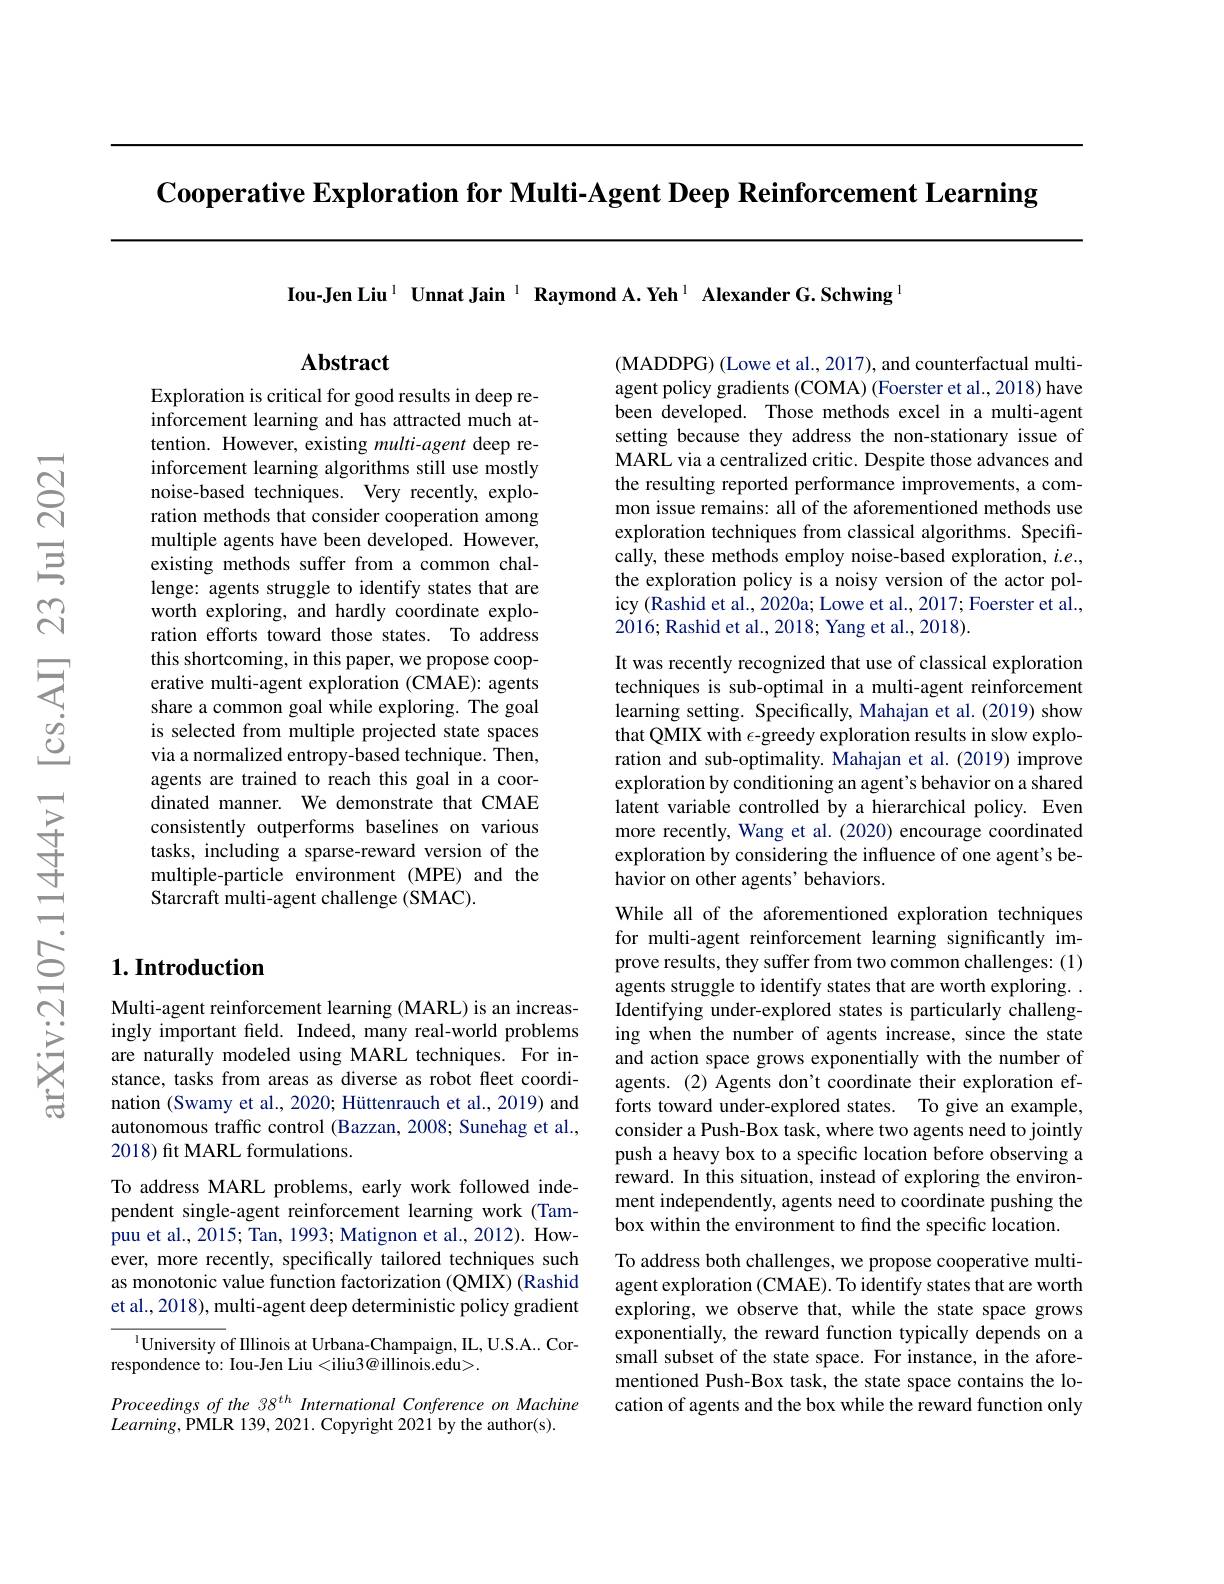
Cooperative Exploration for Multi-Agent Deep Reinforcement Learning

Iou-Jen Liu$^{1}\textbf{Unnat Jain}^{1}\textbf{Raymond A.Yeh}^{1}\textbf{ Alexander G.Schwing}^{1}$

## Abstract

Exploration is critical for good results in deep reinforcement learning and has attracted much attention. However, existing multi-agent deep reinforcement learning algorithms still use mostly noise-based techniques. Very recently, exploration methods that consider cooperation among multiple agents have been developed. However, existing methods suffer from a common challenge: agents struggle to identify states that are worth exploring, and hardly coordinate exploration efforts toward those states. To address this shortcoming, in this paper, we propose cooperative multi-agent exploration (CMAE): agents share a common goal while exploring. The goal is selected from multiple projected state spaces via a normalized entropy-based technique. Then, agents are trained to reach this goal in a coordinated manner. We demonstrate that CMAE consistently outperforms baselines on various tasks, including a sparse-reward version of the multiple-particle environment (MPE) and the Starcraft multi-agent challenge (SMAC).

## $1. \textbf{Introduction}$

Multi-agent reinforcement learning (MARL) is an increasingly important field. Indeed, many real-world problems are naturally modeled using MARL techniques. For instance, tasks from areas as diverse as robot fleet coordination (Swamy et al., 2020; Hüttenrauch et al., 2019) and autonomous traffic control (Bazzan, 2008; Sunehag et al., 2018) fit MARL formulations.
To address MARL problems, early work followed independent single-agent reinforcement learning work (Tampuu et al., 2015; Tan, 1993; Matignon et al., 2012). However, more recently, specifically tailored techniques such as monotonic value function factorization (QMIX) (Rashid et al., 2018), multi- agent deep deterministic policy gradient

$^{1}$University of Illinois at Urbana-Champaign, IL, U.S.A... Cor-
respondence to: Iou-Jen Liu <iliu3@ illinois.edu>.

Proceedings of the 38 th International Conference on Machine
$Learning$,PMLR 139,2021. Copyright 2021 by the author(s).

(MADDPG) (Lowe et al., 2017), and counterfactual multiagent policy gradients (COMA) (Foerster et al.,2018) have been developed. Those methods excel in a multi-agent setting because they address the non-stationary issue of MARL via a centralized critic. Despite those advances and the resulting reported performance improvements, a common issue remains: all of the aforementioned methods use exploration techniques from classical algorithms. Specifically, these methods employ noise-based exploration, $i.e.$, the exploration policy is a noisy version of the actor pol- $\hat{\text{icy(Rashid et al., 2020a; Lowe et al., 2017; Foerster et al.}}$, 2016; Rashid et al., 2018; Yang et al., 2018).

It was recently recognized that use of classical exploration techniques is sub-optimal in a multi-agent reinforcement learning setting. Specifically, Mahajan et al. (2019) show that QMIX with $\epsilon$-greedy exploration results in slow exploration and sub-optimality. Mahajan et al.(2019) improve exploration by conditioning an agent's behavior on a shared latent variable controlled by a hierarchical policy. Even more recently, Wang et al. (2020) encourage coordinated exploration by considering the influence of one agent's behavior on other agents' behaviors.
While all of the aforementioned exploration techniques for multi-agent reinforcement learning significantly improve results, they suffer from two common challenges: (1) agents struggle to identify states that are worth exploring. Identifying under-explored states is particularly challenging when the number of agents increase, since the state and action space grows exponentially with the number of agents. (2) Agents don't coordinate their exploration efforts toward under-explored states. To give an example, consider a Push-Box task, where two agents need to jointly push a heavy box to a specific location before observing a reward. In this situation, instead of exploring the environment independently, agents need to coordinate pushing the box within the environment to find the specific location.
To address both challenges, we propose cooperative multiagent exploration (CMAE). To identify states that are worth exploring, we observe that, while the state space grows exponentially, the reward function typically depends on a small subset of the state space. For instance, in the aforementioned Push-Box task, the state space contains the location of agents and the box while the reward function only